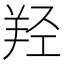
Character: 羟